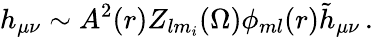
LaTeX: h_{\mu\nu}\sim A^{2}(r)Z_{lm_{i}}(\Omega)\phi_{ml}(r){\tilde{h}}_{\mu\nu}\, .